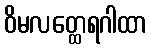
ဝိမလတ္ထေရဂါထာ